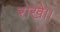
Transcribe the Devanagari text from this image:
राखे।।